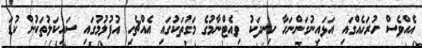
އެއްވެސް ހުރަހެއްގައި އަޅައިނުގަންނަހާ ހިނދަކު ވިއެޓްނާމުގެ މަގުތަކުގައި އެއްޗެހި އުފުލުމުގައި ސައިކަލުތަކުން ކުޑަ